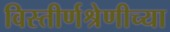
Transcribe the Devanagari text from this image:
विस्तीर्णश्रेणीच्या